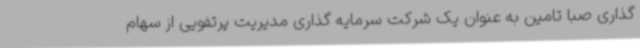
گذاری صبا تامین به عنوان یک شرکت سرمایه گذاری مدیریت پرتفویی از سهام